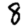
Digit: 8